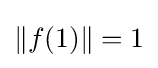
\|f(1)\|=1